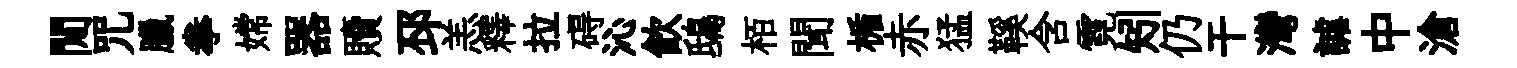
閒咒臘拳嫦器贖邳恙釋拉碍沁飲鴟栢聞楯赤猛鞵含霓矧仍干灣謔中滄